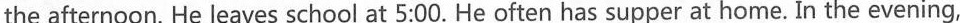
the afternoon. He leaves school at 5:00. He often has supper at home. In the evening,